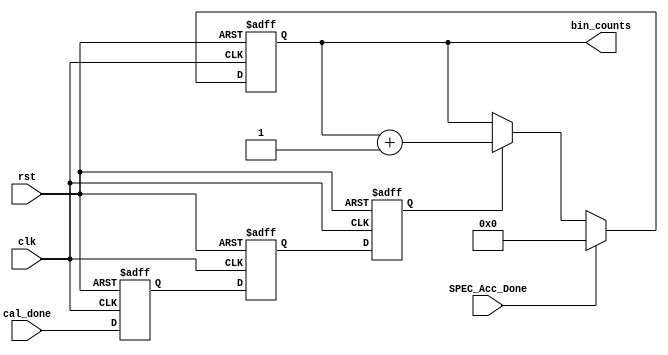
`timescale 1ns / 1ps
//////////////////////////////////////////////////////////////////////////////////
// Company: 
// Engineer: 
// 
// Design Name: 
// Module Name:    RangBin_Counter 
// Project Name: 
// Target Devices: 
// Tool versions: 
// Description: 
//
// Dependencies: 
//
// Revision: 
// Revision 0.01 - File Created
// Additional Comments: 
//
//////////////////////////////////////////////////////////////////////////////////
module RangeBin_Counter
	(
    input wire clk,
    input wire rst,
    input wire cal_done,
    input wire SPEC_Acc_Done,
    output reg [4:0] bin_counts
    );

reg cal_done_reg1;
reg cal_done_reg2;
reg cal_done_reg3;

//
always @(posedge clk or posedge rst)
begin
    if(rst == 1)
    begin
        bin_counts <= 0;
    end
    else if(SPEC_Acc_Done)
        bin_counts <= 0;
    else if(cal_done_reg3 == 1)
        bin_counts <= bin_counts + 1;
    else
        bin_counts <= bin_counts;
end

//cal_done3clkcal_done_reg3
always @(posedge clk or posedge rst)
begin
    if(rst == 1)
	begin
        cal_done_reg1 <= 0;
        cal_done_reg2 <= 0;
        cal_done_reg3 <= 0;
	end
    else
	begin
        cal_done_reg1 <= cal_done;
        cal_done_reg2 <= cal_done_reg1;
        cal_done_reg3 <= cal_done_reg2;
	end
end

endmodule